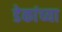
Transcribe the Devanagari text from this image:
डेकांच्या